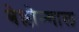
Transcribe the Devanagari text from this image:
बेल्लोन्गाल